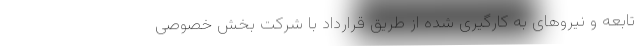
تابعه و نیروهای به کارگیری شده از طریق قرارداد با شرکت بخش خصوصی